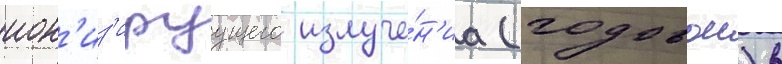
ион'из'ируущего излуче́н'иа (годовои) в